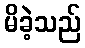
မိခဲ့သည်